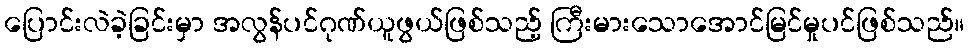
ပြောင်းလဲခဲ့ခြင်းမှာ အလွန်ပင်ဂုဏ်ယူဖွယ်ဖြစ်သည့် ကြီးမားသောအောင်မြင်မှုပင်ဖြစ်သည်။